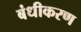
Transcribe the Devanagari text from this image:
बंधीकरण